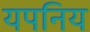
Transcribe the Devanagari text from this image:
यपनिय